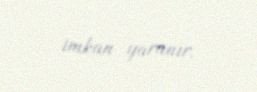
imkan yaranır.